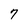
Character: 7